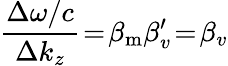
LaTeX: \frac{\Delta\omega/c}{\Delta k_{z}}\! =\! \beta_{\mathrm{m}}\beta_{v}^{\prime}\! =\! \beta_{v}